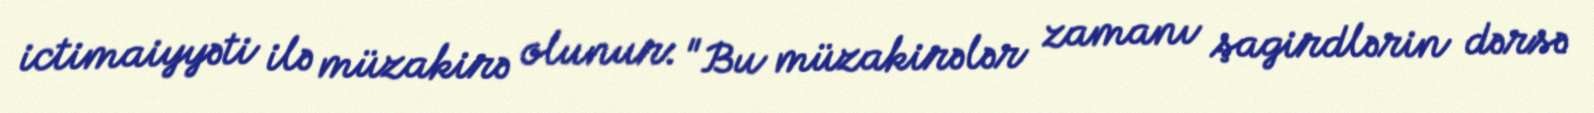
ictimaiyyəti ilə müzakirə olunur: "Bu müzakirələr zamanı şagirdlərin dərsə